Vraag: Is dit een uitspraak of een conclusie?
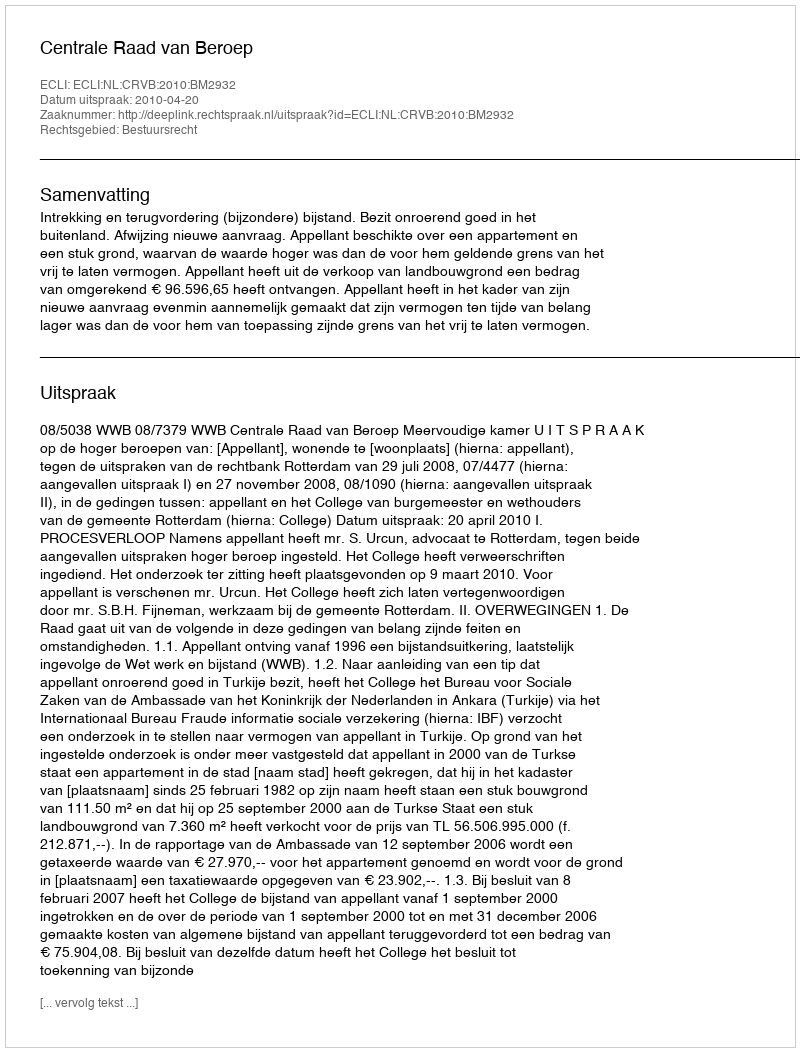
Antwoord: Uitspraak